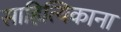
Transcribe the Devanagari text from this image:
साहित्यिकाना